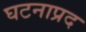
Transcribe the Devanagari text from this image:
घटनाप्रद